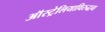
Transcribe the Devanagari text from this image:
ऑस्ट्रेलियाविरुद्धचा